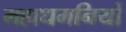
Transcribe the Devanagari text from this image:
महाधमनियों